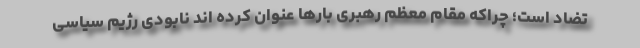
تضاد است؛ چراکه مقام معظم رهبری بارها عنوان کرده اند نابودی رژیم سیاسی